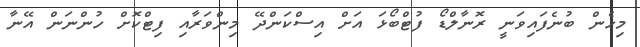
މިހެން ބުނެފައިވަނީ ރޮނާލްޑޯ ފުޓްބޯޅަ އަށް އިސްކަންދޭ މިންވަރާއި ފިޓްކޮށް ހުންނަން އޭނާ